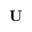
\mathbf { U }